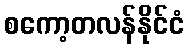
စကော့တလန်နိုင်ငံ